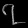
Digit: ၇